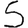
Digit: 5